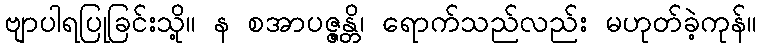
ဗျာပါရပြုခြင်းသို့။ န စအာပဇ္ဇန္တိ၊ ရောက်သည်လည်း မဟုတ်ခဲ့ကုန်။